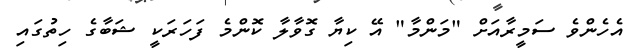
އެހެންވެ ސަމީރާއަށް "މަންމާ" އޭ ކިޔާ ގޮވާލާ ކޮންމެ ފަހަރަކީ ޝަބާގެ ހިތުގައި